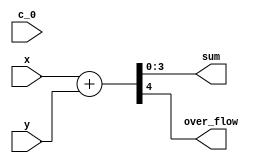
`timescale 1ns / 1ps

module adder
     (
        output  [1:4] sum ,
        output  over_flow ,
        input   [1:4] x,y ,
        input   c_0                      
     );
    
     
     assign { over_flow , sum } =  x+y ; 
      
endmodule

module adder_2
     (
        output  [1:8] sum ,
        output  over_flow ,
        input   [1:8] x,y ,
        input   c_0                      
     ); 
     wire w1 ; 
     
     adder bit_4_a (sum[1:4] , w1 , x[1:4] , y[1:4] , 1'b0);
     adder bit_4_b (sum[5:8] , over_flow , x[5:8] , y[5:8] , w1);
      
endmodule